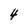
Character: 4